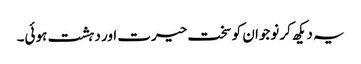
یہ دیکھ کر نوجوان کو سخت حیرت اور دہشت ہوئی۔